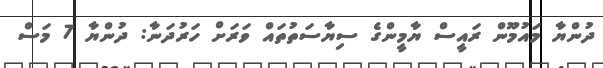
ދުންޔާ މައުމޫން ރައީސް ޔާމީންގެ ސިޔާސަތުތައް ވަރަށް ހަރުދަނާ: ދުންޔާ 7 މަސް